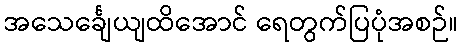
အသေင်္ချေယျထိအောင် ရေတွက်ပြပုံအစဉ်။